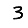
Digit: 3